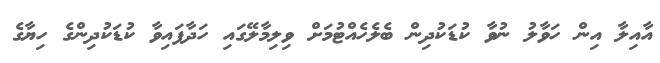
އާއިލާ އިން ހަވާލު ނުވާ ކުޑަކުދިން ބެލެހެއްޓުމަށް ވިލިމާލޭގައި ހަދާފައިވާ ކުޑަކުދިންގެ ހިޔާގެ